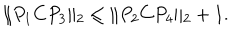
\| P _ { 1 } C P _ { 3 } \| _ { 2 } \le \| P _ { 2 } C P _ { 4 } \| _ { 2 } + 1 .